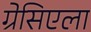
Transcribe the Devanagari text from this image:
ग्रेसिएला